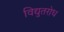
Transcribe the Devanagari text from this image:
विद्युतरोध